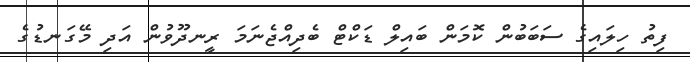
ފިތު ހިލައިގެ ސަބަބުން ކޮމަން ބައިލް ޑަކްޓް ބެދިއްޖެނަމަ ރީނދޫވުން އަދި މޭގަނޑުގެ